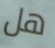
هل